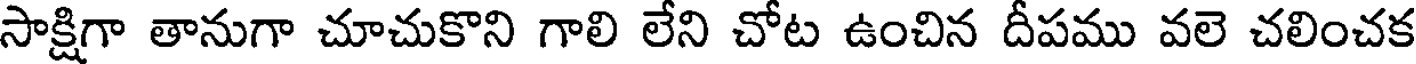
సాక్షిగా తానుగా చూచుకొని గాలి లేని చోట ఉంచిన దీపము వలె చలించక